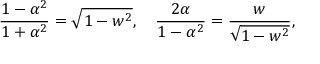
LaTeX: { \frac { 1 - \alpha ^ { 2 } } { 1 + \alpha ^ { 2 } } } = { \sqrt { 1 - w ^ { 2 } } } , \quad { \frac { 2 \alpha } { 1 - \alpha ^ { 2 } } } = { \frac { w } { \sqrt { 1 - w ^ { 2 } } } } ,